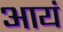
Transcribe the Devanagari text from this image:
आयं